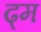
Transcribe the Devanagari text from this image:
ढ्म